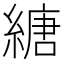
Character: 䌅